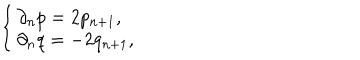
LaTeX: \left\{ \left\{ \begin{cases} { { \partial _ { n } p = 2 p _ { n + 1 } , } } \\ { { \partial _ { n } q = - 2 q _ { n + 1 } , } } \\ \end{cases} \right. \right.